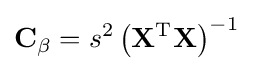
\mathbf {C} _{\mathbf {\beta } }=s^{2}\left(\mathbf {X} ^{\operatorname {T} }\mathbf {X} \right)^{-1}